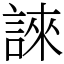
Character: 誺